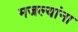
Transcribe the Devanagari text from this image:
मजल्यांना